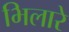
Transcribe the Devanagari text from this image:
भिलारे